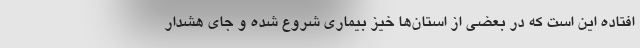
افتاده این است که در بعضی از استان‌ها خیز بیماری شروع شده و جای هشدار